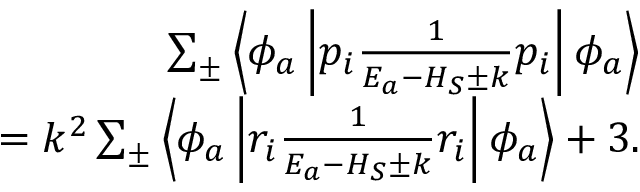
\begin{array} { r } { \sum _ { \pm } \left\langle \phi _ { a } \left| p _ { i } \frac { 1 } { E _ { a } - H _ { S } \pm k } p _ { i } \right| \phi _ { a } \right\rangle } \\ { = k ^ { 2 } \sum _ { \pm } \left\langle \phi _ { a } \left| r _ { i } \frac { 1 } { E _ { a } - H _ { S } \pm k } r _ { i } \right| \phi _ { a } \right\rangle + 3 . } \end{array}